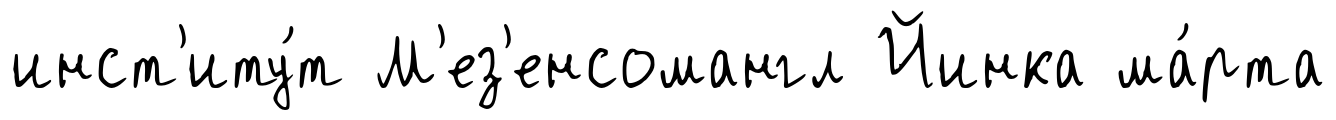
инст'иту́т М'ез'енсомангл Йинка ма́рта